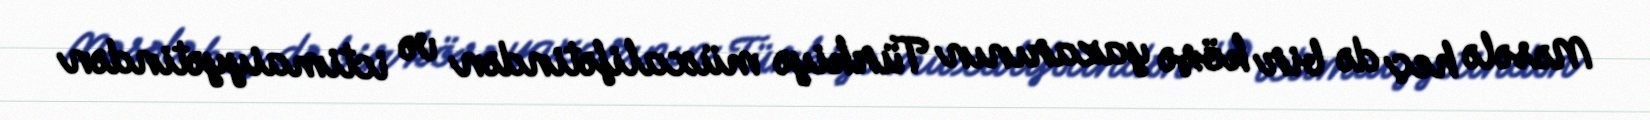
Məsələ heç də bir köşə yazarının Türkiyə müxalifətindən və ictimaiyyətindən